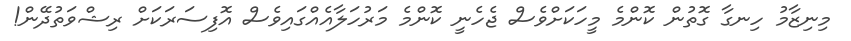
މިނިޒާމު ހިނގާ ގޮތުން ކޮންމެ މީހަކަށްވެސް ޖެހެނީ ކޮންމެ މަރުހަލާއެއްގައިވެސް އޮފިސަރަކަށް ރިޝްވަތުދޭން!